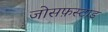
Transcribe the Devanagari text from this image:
जोसफ़स्टाड